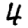
Digit: 4